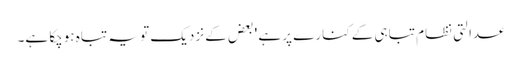
عدالتی نظام تباہی کے کنارے پر ہے ' بعض کے نزدیک تو یہ تباہ ہوچکا ہے۔